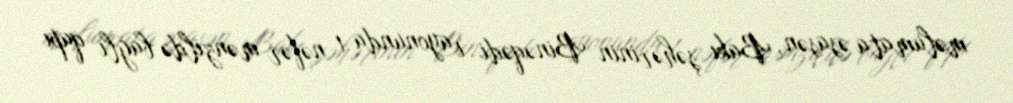
məlumata əsasən, Bakı şəhərinin Binəqədi rayonunda 1 nəfər mənzildə bağlı qapı